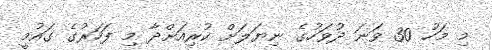
މި މަހު 30 ވަނަ ދުވަހުގެ ނިޔަލަށް ކުރިއަށްދާ މި ފަހަރުގެ ގައުމީ